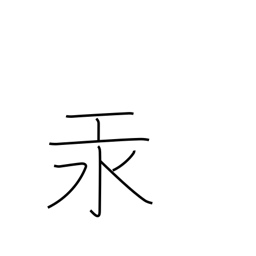
Meaning: mercury